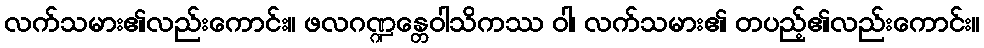
လက်သမား၏လည်းကောင်း။ ဖလဂဏ္ဍန္တေဝါသိကဿ ဝါ၊ လက်သမား၏ တပည့်၏လည်းကောင်း။